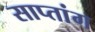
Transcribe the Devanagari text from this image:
साप्तांग